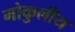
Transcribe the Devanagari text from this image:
गोकुलीय